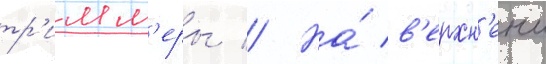
тр'имм'еры // На́ в'ерхн'еи